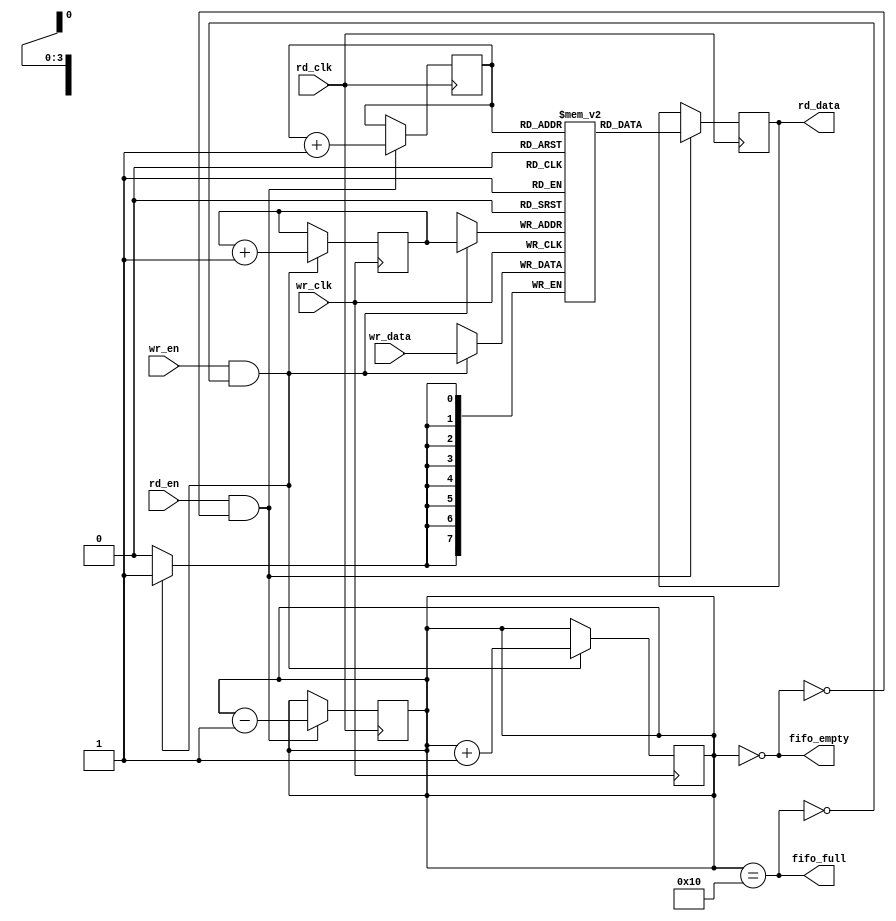
module fifo_synchronizer #(
    parameter DATA_WIDTH = 8,  // Width of the data
    parameter FIFO_DEPTH = 16   // Depth of the FIFO
)(
    input wire              wr_clk,       // Write clock (source clock domain)
    input wire              wr_en,        // Write enable signal
    input wire [DATA_WIDTH-1:0] wr_data,  // Data input for FIFO
    output wire             fifo_full,     // FIFO full status
    input wire              rd_clk,       // Read clock (destination clock domain)
    input wire              rd_en,        // Read enable signal
    output wire [DATA_WIDTH-1:0] rd_data, // Data output from FIFO
    output wire             fifo_empty     // FIFO empty status
);

    // FIFO memory array
    reg [DATA_WIDTH-1:0] fifo_mem [0:FIFO_DEPTH-1];
    reg [clog2(FIFO_DEPTH)-1:0] wr_ptr = 0; // Write pointer
    reg [clog2(FIFO_DEPTH)-1:0] rd_ptr = 0; // Read pointer
    reg [clog2(FIFO_DEPTH):0] fifo_count = 0; // FIFO count

    // FIFO write operation
    always @(posedge wr_clk) begin
        if (wr_en && !fifo_full) begin
            fifo_mem[wr_ptr] <= wr_data; // Write data to FIFO
            wr_ptr <= wr_ptr + 1;        // Increment write pointer
            fifo_count <= fifo_count + 1; // Increase count
        end
    end

    // FIFO read operation
    always @(posedge rd_clk) begin
        if (rd_en && !fifo_empty) begin
            rd_data <= fifo_mem[rd_ptr]; // Read data from FIFO
            rd_ptr <= rd_ptr + 1;        // Increment read pointer
            fifo_count <= fifo_count - 1; // Decrease count
        end
    end

    // FIFO full and empty logic
    assign fifo_full = (fifo_count == FIFO_DEPTH);
    assign fifo_empty = (fifo_count == 0);

    // Function to calculate logarithm base 2
    function integer clog2(input integer value);
        begin
            value = value - 1;
            for (clog2 = 0; value > 0; clog2 = clog2 + 1) 
                value = value >> 1;
        end
    endfunction

endmodule